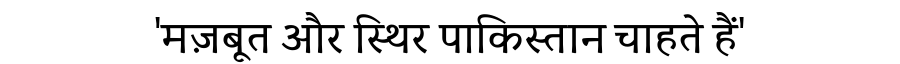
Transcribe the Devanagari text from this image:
'मज़बूत और स्थिर पाकिस्तान चाहते हैं'